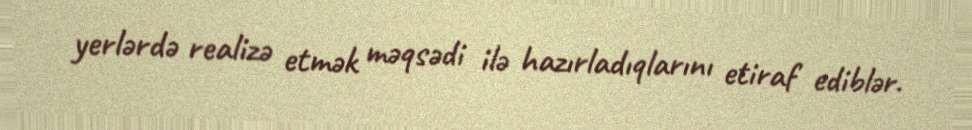
yerlərdə realizə etmək məqsədi ilə hazırladıqlarını etiraf ediblər.